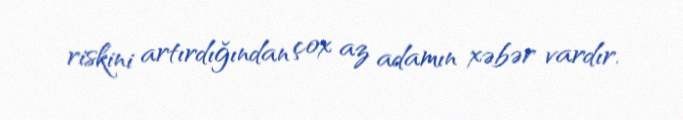
riskini artırdığından çox az adamın xəbər vardır.